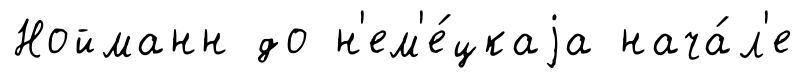
Нойманн до н'ем'е́цкаjа нача́л'е